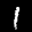
Label: 1